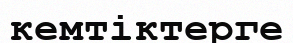
кемтіктерге